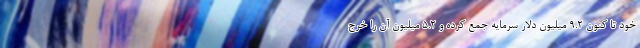
خود تا کنون 9.2 میلیون دلار سرمایه جمع کرده و 5.2 میلیون آن را خرج